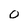
Character: O